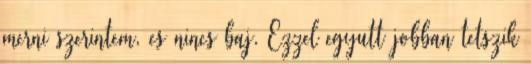
merni szerintem, es nincs baj. Ezzel egyutt jobban tetszik